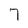
Character: 7